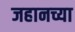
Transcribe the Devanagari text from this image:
जहानच्या